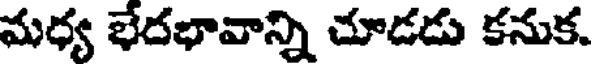
మధ్య భేదభావాన్ని చూడడు కనుక.